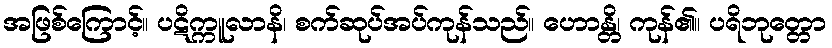
အဖြစ်ကြောင့်။ ပဋိက္ကူလာနိ၊ စက်ဆုပ်အပ်ကုန်သည်။ ဟောန္တိ၊ ကုန်၏။ ပရိဘုတ္တော